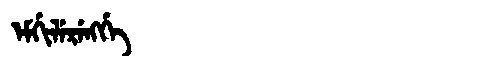
Manchu: ᡝᠮᡤᡳᠯᡝᡵᡝᠩᡤᡝ
Romanization: EMGILERENGGE